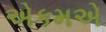
એકમએ